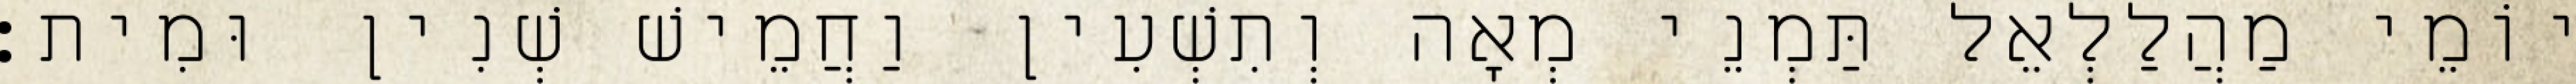
יוֹמֵי מַהֲלַלְאֵל תַּמְנֵי מְאָה וְתִשְׁעִין וַחֲמֵישׁ שְׁנִין וּמִית׃